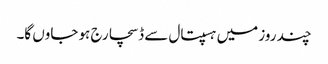
چند روز میں ہسپتال سے ڈسچارج ہو جاوں گا۔